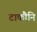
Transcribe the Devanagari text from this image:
टाकौनि